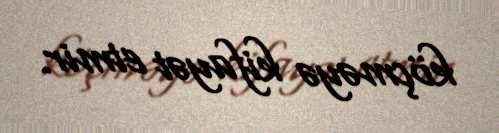
köçməyə kifayət etmir.